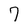
Character: 7